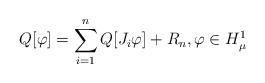
LaTeX: \begin{align*}Q[\varphi]=\sum_{i=1}^{n} Q[J_i\varphi] + R_n, \varphi\in H^1_\mu\end{align*}